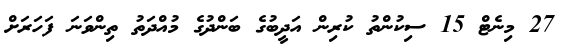
27 މިނެޓް 15 ސިކުންތު ކުރިން އަދީބުގެ ބަންދުގެ މުއްދަތު ތިންވަނަ ފަހަރަށް